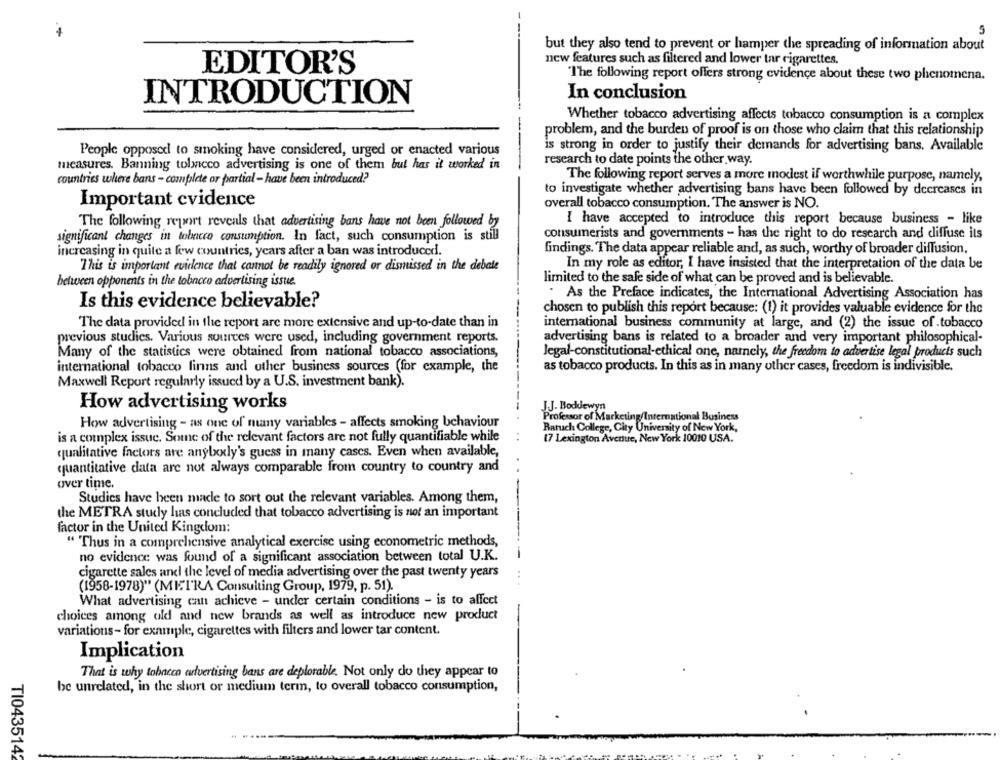
but they also tend to prevent or hamper the spreading of information about
new features such as filtered and lower tar cigarettes.
EDITOR'S
"The following report offers strong evidence about these two phenomena.
INTRODUCTION
In conclusion
Whether tobacco advertising affects tobacco consumption is a complex
problem, and the burden of proof is on those who claim that this relationship
People opposed to smoking have considered, urged or enacted various
is strong in order to justify their demands for advertising bans. Available
measures. Banning tobacco advertising is one of them but has it worked in
research to date points the other way.
countries where bans - complete or partial- have been introduced?
The following report serves a more modest if worthwhile purpose, namely,
to investigate whether advertising bans have been followed by decreases in
Important evidence
overall tobacco consumption. The answer is NO.
I have accepted to introduce this report because business - like
The following report reveals that advertising bans have not been followed by
consumerists and governments - has the right to do research and diffuse its
significant changes in tobacco consumption. In fact, such consumption is still
increasing in quite a few countries, years after a ban was introduced.
findings. The data appear reliable and, as such, worthy of broader diffusion,
This is important evidence that cannot be readily ignored or dismissed in the debate
In my role as editor, I have insisted that the interpretation of the data be
limited to the safe side of what can be proved and is believable.
between opponents in the tobacco advertising issue.
. As the Preface indicates, the International Advertising Association has
Is this evidence believable?
chosen to publish this report because: (1) it provides valuable evidence for the
The data provided in the report are more extensive and up-to-date than in
international business community at large, and (2) the issue of tobacco
previous studies. Various sources were used, including government reports.
advertising bans is related to a broader and very important philosophical-
Many of the statistics were obtained from national tobacco associations,
Jegal-constitutional-ethical one, namely, the freedom to advertise legal products such
international tobacco finns and other business sources (for example, the
as tobacco products. In this as in many other cases, freedom is indivisible.
Maxwell Report regularly issued by a U.S. investment bank).
How advertising works
J.J. Boddewyn
Professor of Marketing International Business
How advertising - as one of many variables - affects smoking behaviour
Baruch College, City University of New York,
is a complex issue. Some of the relevant factors are not fully quantifiable while
17 Lexington Avenue, New York 10010 USA.
qualitative factors are anybody's guess in many cases. Even when available,
quantitative data are not always comparable from country to country and
over time.
Studies have been made to sort out the relevant variables. Among them,
the METRA study has concluded that tobacco advertising is not an important
factor in the United Kingdom:
" Thus in a comprehensive analytical exercise using econometric methods,
no evidence was found of a significant association between total U.K.
cigarette sales and the level of media advertising over the past twenty years
(1958-1978)" (MII'RA Consulting Group, 1979, p. 51).
What advertising can achieve - under certain conditions - is to affect
choices among old and new brands as well as introduce new product
variations- for example, cigarettes with filters and lower tar content.
Implication
That is why tobacco advertising bans are deplorable. Not only do they appear to
be unrelated, in the short or medium term, to overall tobacco consumption,
TI0435142